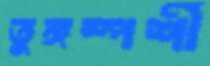
তুঙ্গস্পর্শী